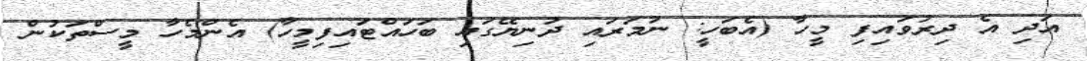
އަދި އެ ދިރުވައިފި މީހާ (އެބަހީ: ނުމަރައި ދުނިޔޭގައި ބަހައްޓައިފިމީހާ) އެންމެހާ މީސްތަކުން